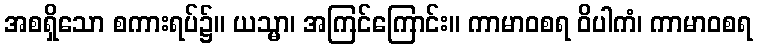
အစရှိသော စကားရပ်၌။ ယသ္မာ၊ အကြင်ကြောင်း။ ကာမာဝစရ ဝိပါကံ၊ ကာမာဝစရ